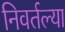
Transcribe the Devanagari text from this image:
निवर्तल्या